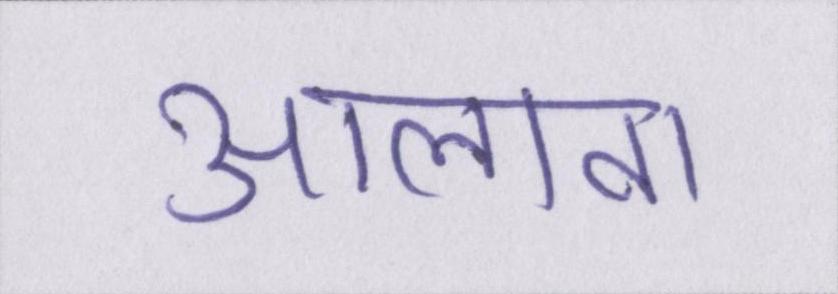
आलावा